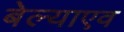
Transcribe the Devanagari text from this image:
बेल्याएव